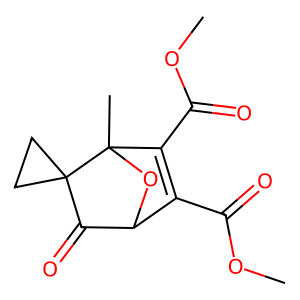
SMILES: COC(=O)C1=C(C(=O)OC)C2(C)OC1C(=O)C21CC1
Inhibits HIV replication: No